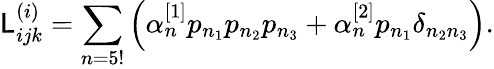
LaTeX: \mathsf{L}_{ijk}^{(i)}=\sum_{n=5!}\left(\alpha_{n}^{[1]}p_{n_{1}}p_{n_{2}}p_{n_{3}}+\alpha_{n}^{[2]}p_{n_{1}}\delta_{n_{2}n_{3}}\right).